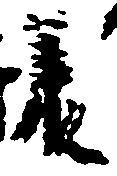
承